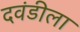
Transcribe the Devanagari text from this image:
दवंडीला